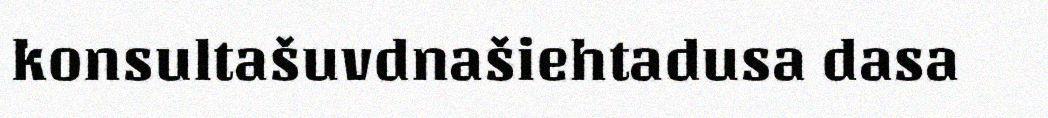
konsultašuvdnašiehtadusa dasa